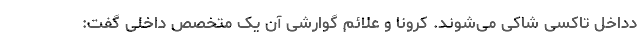
دداخل تاکسی شاکی می‌شوند. کرونا و علائم گوارشی آن یک متخصص داخلی گفت: